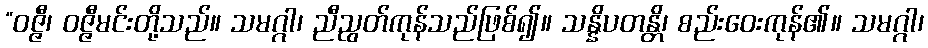
“ဝဇ္ဇီ၊ ဝဇ္ဇီမင်းတို့သည်။ သမဂ္ဂါ၊ ညီညွတ်ကုန်သည်ဖြစ်၍။ သန္နိပတန္တိ၊ စည်းဝေးကုန်၏။ သမဂ္ဂါ၊